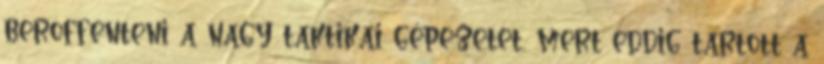
beröffenteni a nagy taktikai gépezetet, mert eddig tartott a